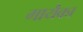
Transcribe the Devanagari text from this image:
गायैका